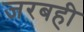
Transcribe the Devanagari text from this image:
जरबही